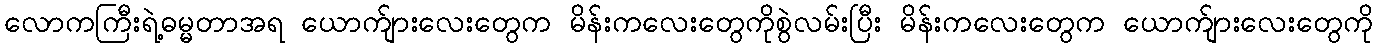
လောကကြီးရဲ့ဓမ္မတာအရ ယောက်ျားလေးတွေက မိန်းကလေးတွေကိုစွဲလမ်းပြီး မိန်းကလေးတွေက ယောက်ျားလေးတွေကို